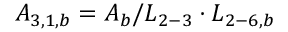
{ A _ { 3 , 1 , b } } = { A _ { b } } / { L _ { 2 - 3 } } \cdot { L _ { 2 - 6 , b } }